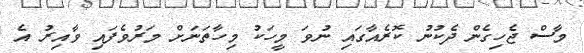
މާސް ޖެހިގެން ދެކުނު ކޮރެއާގައި ނުވަ މީހަކު މިހާތަނަށް މަރުވެފައި ވާއިރު އެ